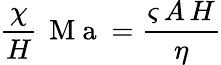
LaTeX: \frac{\chi}{H}\, \mathrm{~M~a~}=\frac{\varsigma\, A\, H}{\eta}